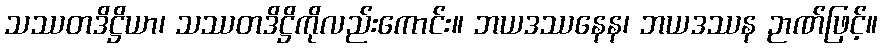
သဿတဒိဋ္ဌိယာ၊ သဿတဒိဋ္ဌိကိုလည်းကောင်း။ ဘယဒဿနေန၊ ဘယဒဿန ဉာဏ်ဖြင့်။